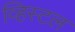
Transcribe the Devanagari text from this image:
व्हिस्टल